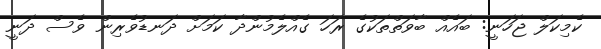
ކެމިކަލް ޖަހަނީ: ބައެއް ބާވަތްތަކުގެ ރަހަ ގެއްލެމުންދާ ކަމަށް ދަނޑުވެރިން ވެސް ދަނީ